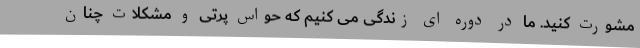
مشورت کنید. ما در دوره ای زندگی می کنیم که حواس پرتی و مشکلات چنان